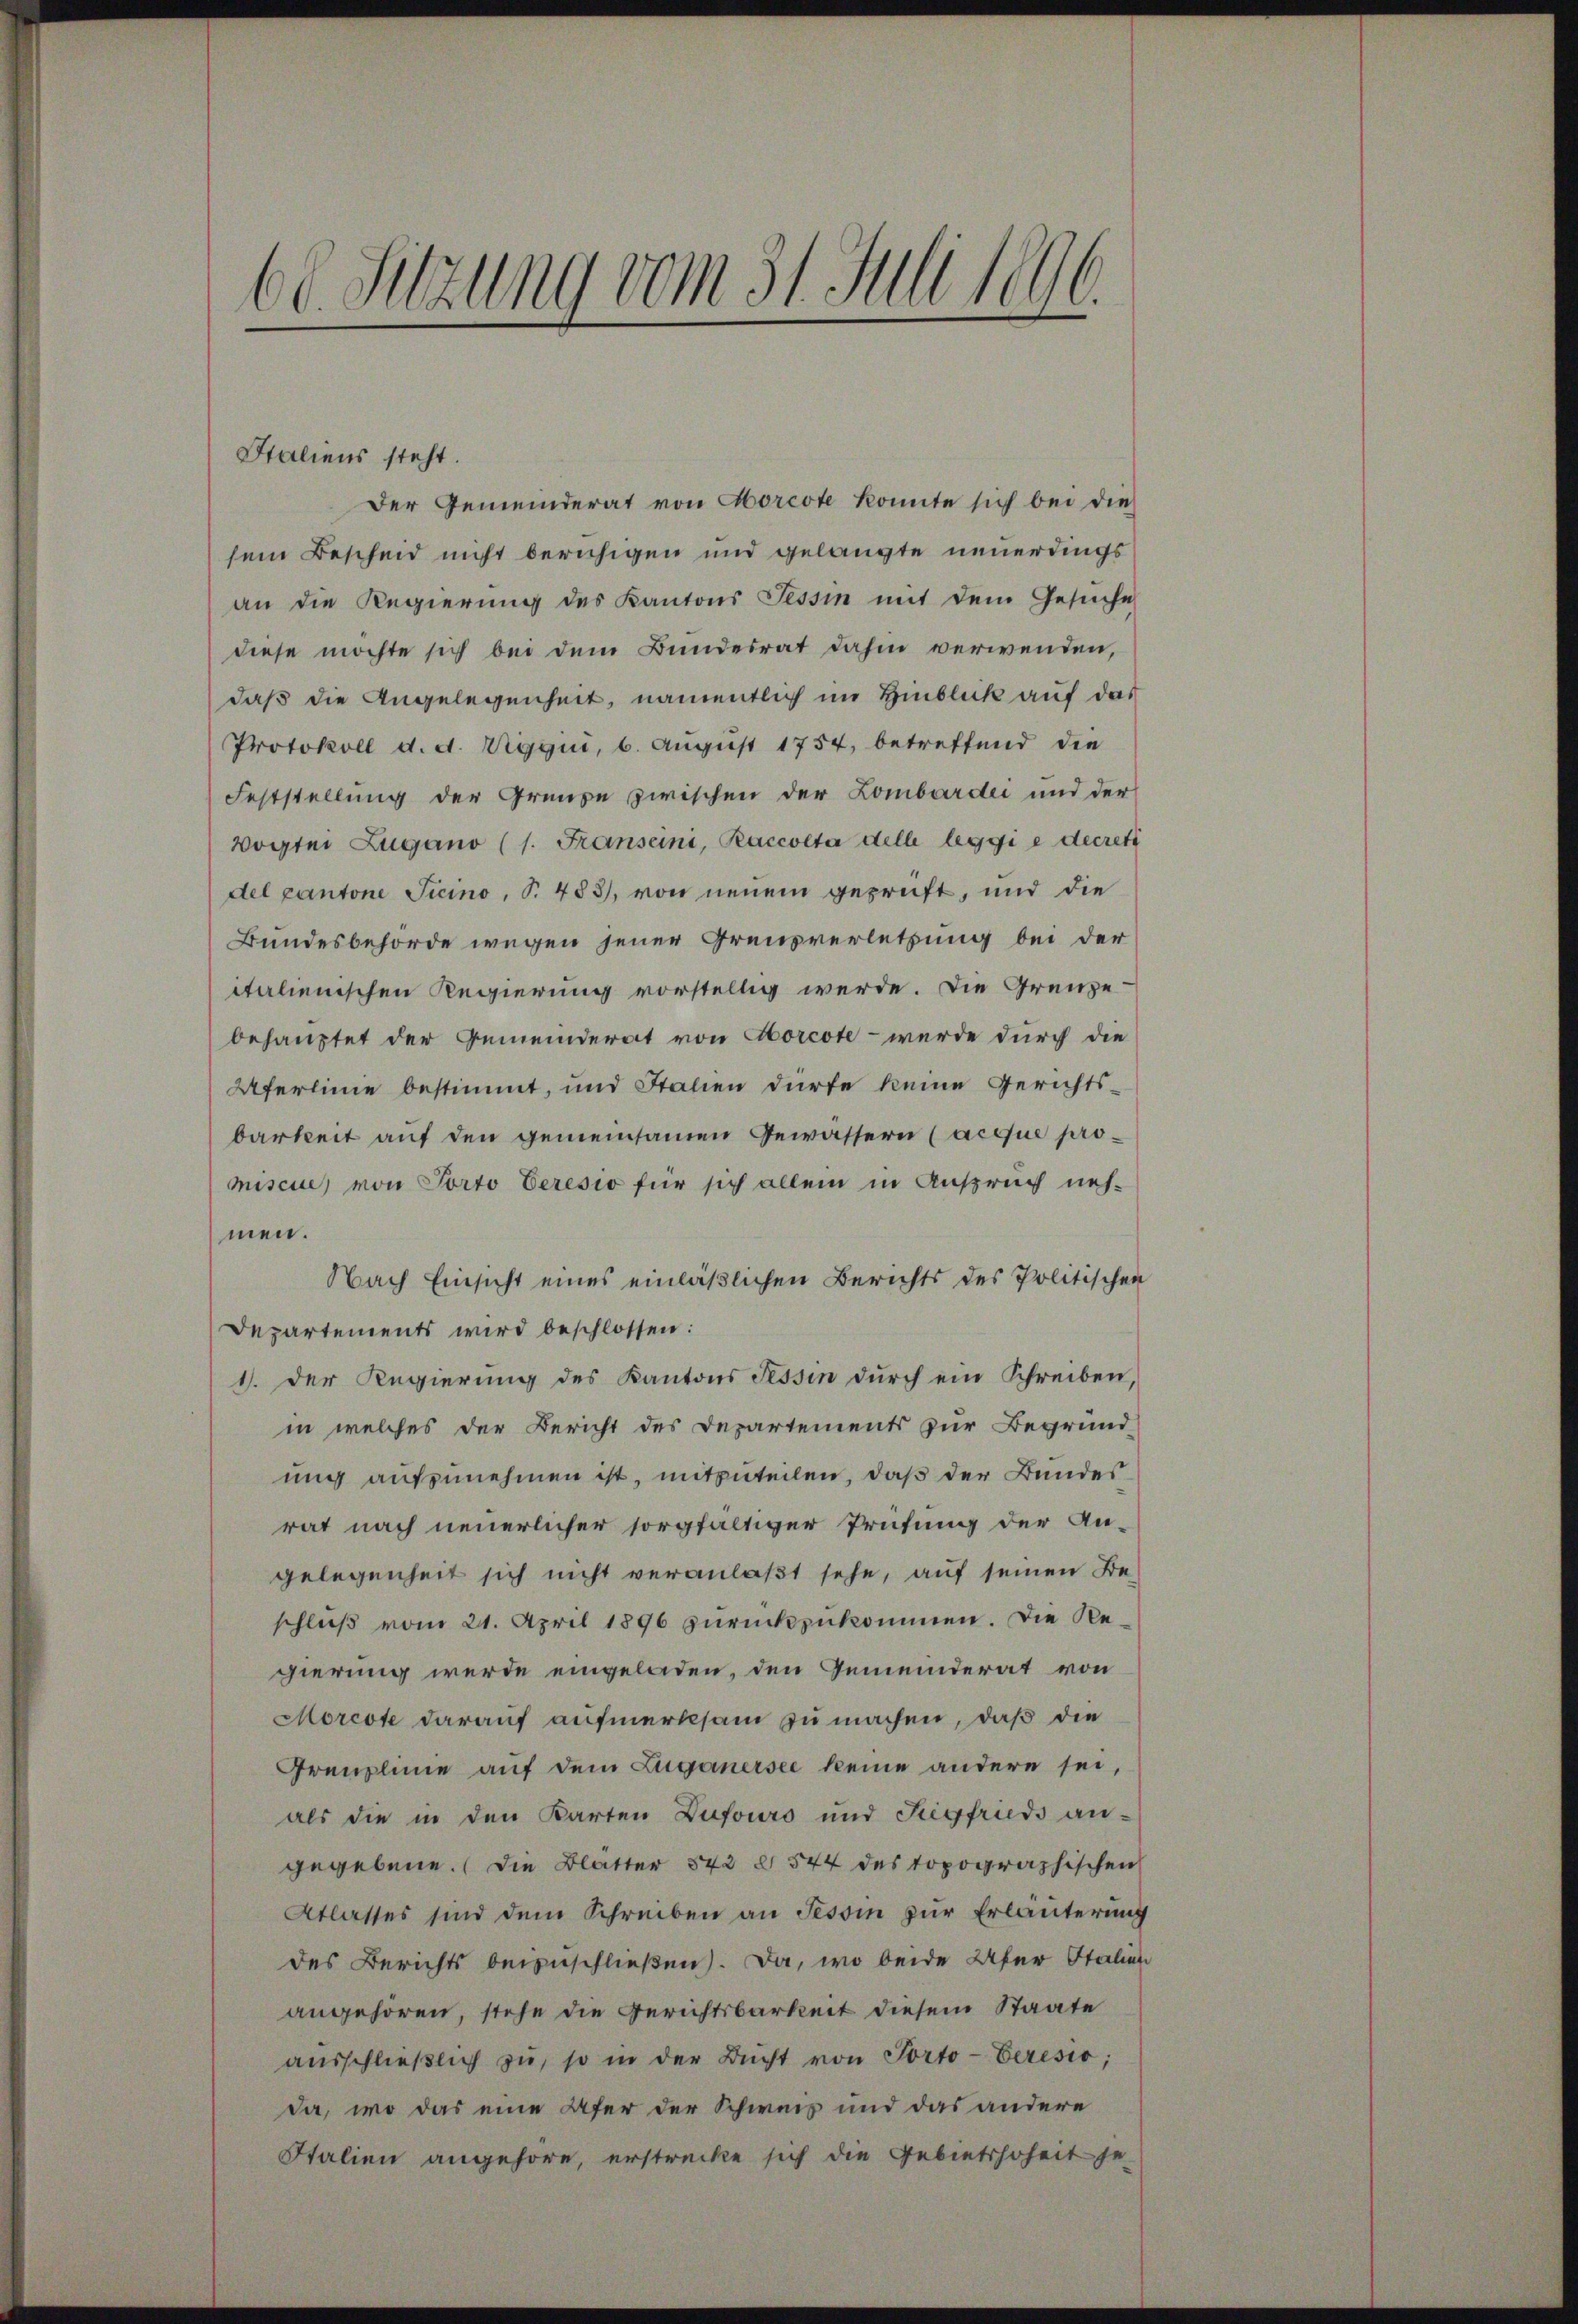
60 Setzung vom 31. Juli 1896.

Italiens steht.
Der Gemeinderat von Morcote konnte sich bei dies
sem Bescheid nicht beruhigen und gelangte neuerdings
an die Regierŭng des Kantons Tessin mit dem Gesŭche
diese möchte sich bei dem Bundesrat dahin verwenden,
daß die Angelegenheit, namentlich im Hinblick auf das
Protokoll d. d. Rigqui, 6. August 1754, betreffend die
Feststellung der Grenze zwischen der Lombardi und der
Vogtei Zugano (1. Franseini, Raccolta delle leggi e decret
del Cantone Ticino, P. 483, von neuem geprüft, und die
Bundesbehörde wegen jener Grensverletzung bei der
italienischen Regierung vorstellig werde. Die Grenze
behauptet der Gemeinderat von Horcote - wurde durch die
Uferlinie bestimmt, und Stalien dürfe keine Gerichtsbarkeit auf den gemeinsamen Gewässern (acque promiscue, von Porto beresio für sich allein in Anspruch neh-
men.
Nach Einsicht eines einläßlichen Berichts des Politischen
Departements wird beschlossen:
1). Der Regierung des Kantons Tessin dŭrch ein Schreiben,
in welches der Bericht des Departements zur Begründ
ung aufzunehmen ist, mitzuteilen, daß der Bundes
rat nach neuerlicher sorgfältiger Prüfung der An-
gelegenheit sich nicht veranlaßt sehe, auf seinen Be-
schluß vom 21. April 1896 zurückzukommen. Die Regierung werde eingeladen, den Gemeinderat von
Morcote darauf aufmerksam zu machen, daß die
Greuzlinie auf dem Zuganersee keine andere sei,
als die in den Karten Dufouro und Siegfrieds an-
gegebene. (die Blätter 542 § 544 des topographischen
Atlasses sind dem Schreiben an Tessin zur Erläuterung
des Berichts beizuschließen. Da, wo beide Ufer Italien
angehören, stehe die Gerichtsbarkeit diesem Staate
aŭsschlieβlich zu, so in der Bucht von Porto-Ceresio;
da, wo das eine Ufer der Schweis und das andere
Italien angehöre, erstrecke sich die Gebietshoheit je